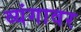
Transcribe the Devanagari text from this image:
व्यंगावर